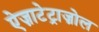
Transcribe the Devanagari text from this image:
ऐज़ाटेट्राज़ोल